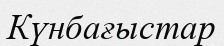
Күнбағыстар